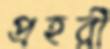
প্রহরী